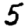
Digit: 5